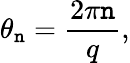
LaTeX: \theta_{\mathtt{n}}={\frac{{2\pi\mathtt{n}}}{{q}}},